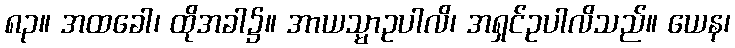
၈၃။ အထခေါ၊ ထိုအခါ၌။ အာယသ္မာဥပါလိ၊ အရှင်ဥပါလိသည်။ ယေန၊